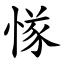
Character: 㥞